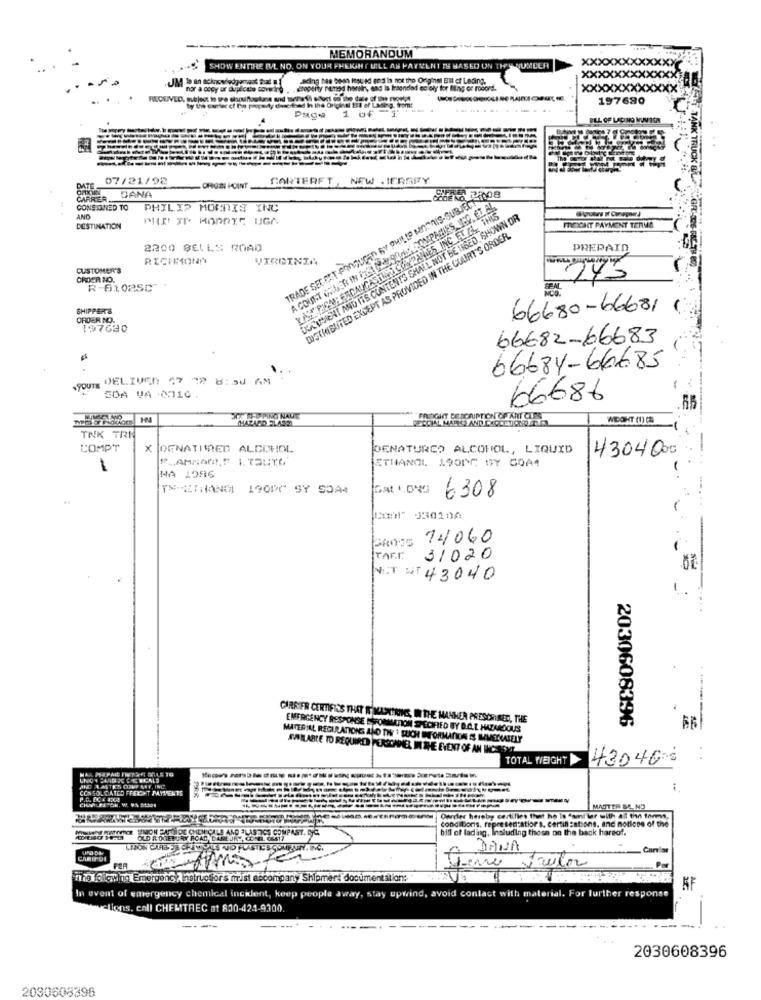
MEMORANDUM
SHOW ENTIRE BUL NO. ON YOUR FHEIGHT WILL AS PAYMENT IS BASED ON THE NUMBER
JUMEER
sing ha ben Hoped and is not the Original BI cf Leding.
XXX
nor a copy or duplicate coventry .
.coopery named herein, and is Intended ec oly for Bing os rodord.
XXXXXXXXXXX
ty the care of De propedy destad In the Original BEI af Lasing, from:
197680
1 of 1
Page
BILL OF LADING MUVISA
--
TAN
--
07/21/92
CARTERET, NEW JERSEY
DATE
ORIGEN POINT
CARRER
DANA
TRADE SECRET PRODUCED BY PHILIP MORRIS-SUBJECT
SUITE 2008
CONSTANED TO
PHILIP MORRIS INC
AND
DOCUMENT AND ITS CONTENTS SHALL NOT BE USED, SHOWN OR
DESTINATION
FREIGHT PAYMENT TERMS
DISTRIBUTED EXCEPT AS PROVIDED IN THE COURT'S ORDER.
2200 BELLS ROAD
PREPAID
RICHMOND
VIRGINIA
CUSTOMER'S
CROER NO.
243
R-61025C
SPAL
SHIPPERS
66680-66681
ORDER NO.
197630
66682-66683
66684-66685
49OUTE DELIVED 17 22 8:50 AM
SDA VA :0010
66686
MHAZARD FLASH
WIEOHT (1) [2]
TNK TRH
COMPT
X DENATURED ALCOHOL
DENATURCO ALCOHOL, LIQUID
4304000
ETHANOL 1.900℃ SY CDA4
-
MA 1996
TX-ETHANOL 190PC SY SOA4
Gat 1.ONG
6308
Ku:" 03010A
14060
TAFE
31020
NIT NT 43040
CARRIER CERTIFICS THAT I WASKTRINS, IN THE MANHER PRESCRIRED, THE
2030608396
EMERGENCY RESPONSE ESFORMATION SPECIFIED BY D.A.L. HAZARDOUS
MATERIAL REGULATIONS AND THE * BUCH INFORMATICA S MMENATELY
SIILABLE TO REQUIRED PERSOHNER IN THE EVENT OF AN INCELSMT
TOTAL WEIGHT
43046:
AND LASTICS COME MAY, INC.
CON SOL CATED FFERONT PAYMENTS
ARR
--------
MASTER SL. NO
Ourdler hereby certifles that he la "ami'lar with all the tamms,
conditions. representation's. certin :ations, and notless of the
SINON FARSIDE CHEMICALS AND PLASTICS COMPAST. DOC.
biff of ladang, Including those on the back harsof.
OLD RORETURN ROAD, LAMEJRY, CONR. CEST?
DANA
Carlos
CARIFOI
PER
Jane Saulo
mag following Emergenc /instructions mist accompany Shipment documentation:
5F
In event of emergency chemical incklent, keep people away, stay upwind, avoid contact with material. For further response
eucliens, call CHEMITREC at 800-424-9300.
---
2030608396
2030608396